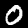
Digit: 0